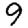
Digit: 9